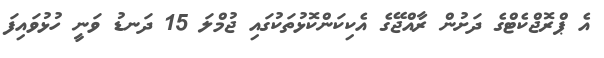
އެ ޕްރޮޖްކެޓްގެ ދަށުން ރާއްޖޭގެ އެކިކަންކޮޅުތަކުގައި ޖުމްލަ 15 ދަނޑު ވަނީ ހުޅުވައިފަ